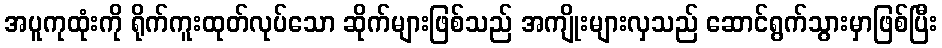
အပူကုထုံးကို ရိုက်ကူးထုတ်လုပ်သော ဆိုက်များဖြစ်သည် အကျိုးများလှသည် ဆောင်ရွက်သွားမှာဖြစ်ပြီး